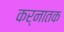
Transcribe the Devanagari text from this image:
कर्नातक